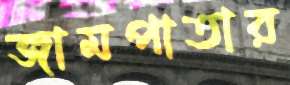
জামপাতার